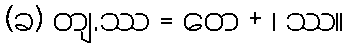
(ခ) တျ.ဿ = တေ + ၊ ဿ။